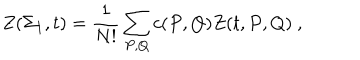
Z ( \Sigma _ { 1 } , t ) = { \frac { 1 } { N ! } } \sum _ { P , Q } c ( P , Q ) Z ( t , P , Q ) ~ ,